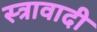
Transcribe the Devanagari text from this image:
स्त्रावादी